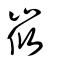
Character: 峳